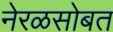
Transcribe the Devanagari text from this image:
नेरळसोबत